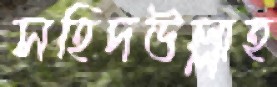
সহিদউল্লাহ